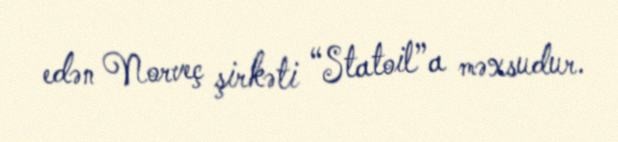
edən Norveç şirkəti “Statoil”a məxsudur.